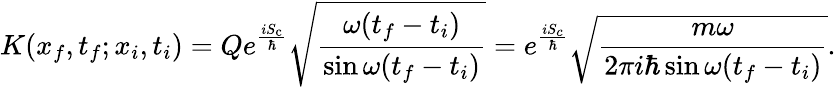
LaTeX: K(x_{f},t_{f};x_{i},t_{i})=Qe^{\frac{iS_{\mathrm{c}}}{\hbar}}{\sqrt{\frac{\omega(t_{f}-t_{i})}{\sin\omega(t_{f}-t_{i})}}}=e^{\frac{iS_{c}}{\hbar}}{\sqrt{\frac{m\omega}{2\pi i\hbar\sin\omega(t_{f}-t_{i})}}}.